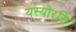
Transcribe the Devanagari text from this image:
यस्योरसि